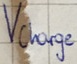
Text: Vcharge